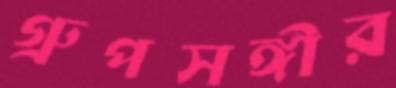
গ্রুপসঙ্গীর